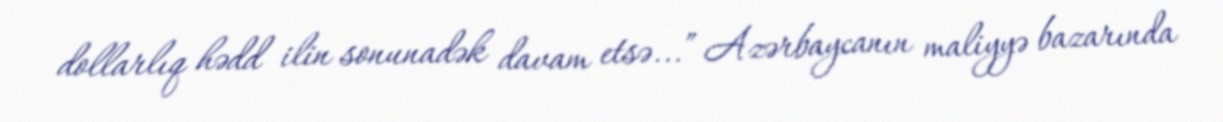
dollarlıq hədd ilin sonunadək davam etsə...” Azərbaycanın maliyyə bazarında